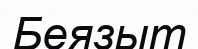
Беязыт